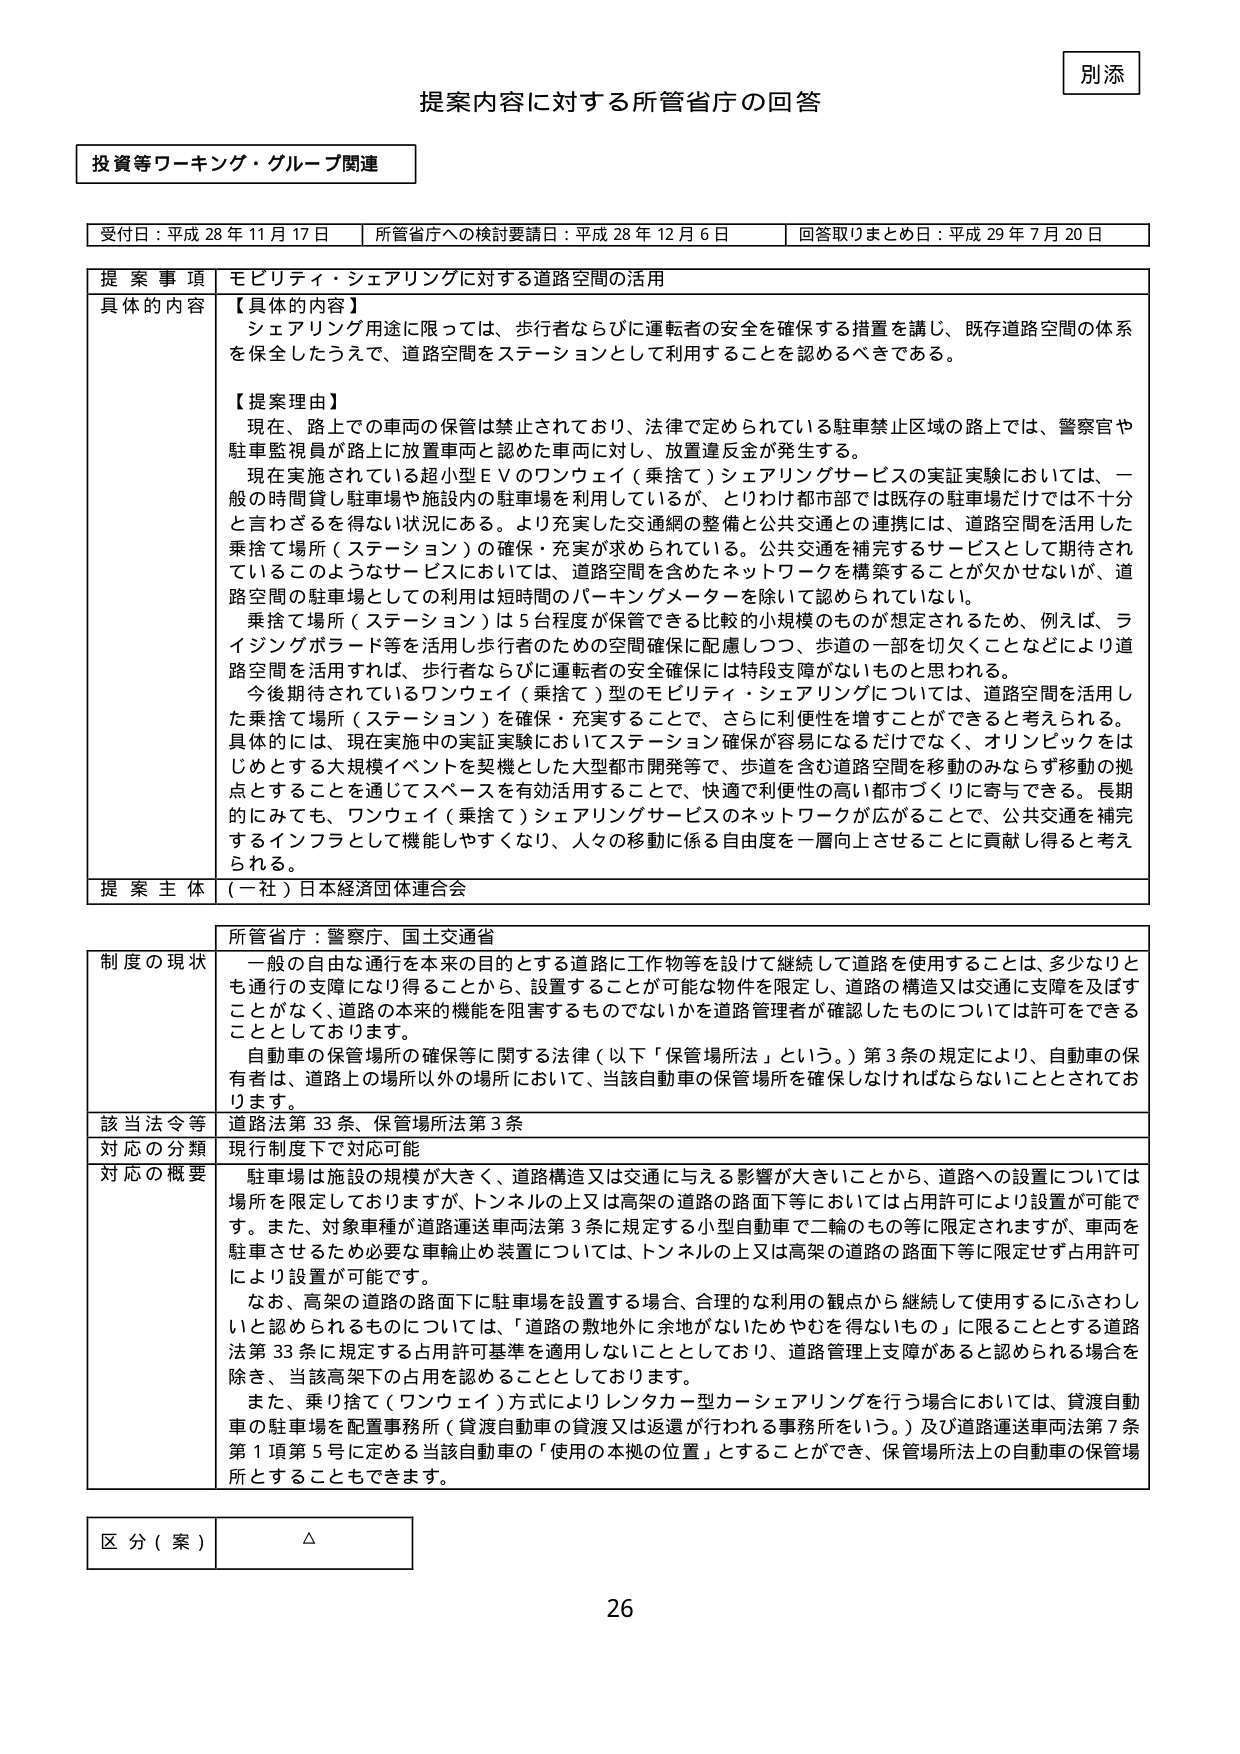
別添

提案内容に対する所管省庁の回答

投資等ワーキング・グループ関連

受付日：平成28年11月17日　　所管省庁への検討要請日：平成28年12月6日　　回答取りまとめ日：平成29年7月20日

提 案 事 項　モビリティ・シェアリングに対する道路空間の活用

具体的な内容　【具体的な内容】
　シェアリング用途に限っては、歩行者ならびに運転者の安全を確保する措置を講じ、既存道路空間の体系を保全したうえで、道路空間をステーションとして利用することを認めるべきである。

　【提案理由】
　現在、路上での車両の保管は禁止されており、法律で定められている駐車禁止区域の路上では、警察官や駐車監視員が路上に放置車両と認めた車両に対し、放置違反金が発生する。
　現在実施されている超小型EVのワンウェイ（乗捨て）シェアリングサービスの実証実験においては、一般の時間貸し駐車場や施設内の駐車場を利用しているが、とりわけ都市部では既存の駐車場だけでは不十分と言わざるを得ない状況にある。より充実した交通網の整備と公共交通との連携には、道路空間を活用した乗捨て場所（ステーション）の確保・充実が求められている。公共交通を補完するサービスとして期待されているこのようなサービスにおいては、道路空間を含めたネットワークを構築することが欠かせないが、道路空間の駐車場としての利用は短時間のパーキングメーターを除いて認められていない。
　乗捨て場所（ステーション）は5台程度が保管できる比較的小規模のものが想定されるため、例えば、ライジングボラード等を活用し歩行者のための空間確保に配慮しつつ、歩道の一部を切欠くことなどにより道路空間を活用すれば、歩行者ならびに運転者の安全確保には特段支障がないものと思われる。
　今後期待されているワンウェイ（乗捨て）型のモビリティ・シェアリングについては、道路空間を活用した乗捨て場所（ステーション）を確保・充実することで、さらに利便性を増すことができると考えられる。具体的には、現在実施中の実証実験においてステーション確保が容易になるだけでなく、オリンピックをはじめとする大規模イベントを契機とした大型都市開発等で、歩道を含む道路空間を移動のみならず移動の拠点とすることを通じてスペースを有効活用することで、快適で利便性の高い都市づくりに寄与できる。長期的にみても、ワンウェイ（乗捨て）シェアリングサービスのネットワークが広がることで、公共交通を補完するインフラとして機能しやすくなり、人々の移動に係る自由度を一層向上させることに貢献し得ると考えられる。

提 案 主 体　（一社）日本経済団体連合会

所管省庁：警察庁、国土交通省

制度の現状　一般の自由な通行を本来の目的とする道路上に工作物等を設けて継続して道路を使用することは、多少なりとも通行の支障になり得ることから、設置することが可能な物件は限定し、道路の構造又は交通を支障又は及ぼすことがなく、道路の本来の機能を阻害するものでないかを道路管理者が確認したものについては許可をできることとしております。
　自動車の保管場所の確保等に関する法律（以下「保管場所法」という。）第3条の規定により、自動車の保有者は、道路上の場所以外の場所において、当該自動車の保管場所を確保しなければならないこととされております。

該当法令等　道路法第33条、保管場所法第3条

対応の分類　現行制度下で対応可能

対応の概要　駐車場は施設の規模が大きく、道路構造又は交通に与える影響が大きいことから、道路への設置については場所を限定しておりますが、トンネルの上又は高架の道路の路面下等においては占用許可により設置が可能です。また、対象車種が道路運送車両法第3条に規定する小型自動車で二輪のもの等に限定されますが、車両を駐車させるため必要な車輪止む装置については、トンネルの上又は高架の道路の路面下等に限定せず占用許可により設置が可能です。
　なお、高架の道路の路面下に駐車場を設置する場合、合理的な利用の観点から継続して使用するにふさわしいと認められるものについては、「道路の敷地外に余地がないためやむを得ないもの」に限ることとする道路法第33条に規定する占用許可基準を適用しないこととしており、道路管理上支障があると認められる場合を除き、当該高架下の占用を認めることとしております。
　また、乗り捨て（ワンウェイ）方式によりレンタカー型カーシェアリングを行う場合においては、貸渡自動車の駐車場を配置事務所（貸渡自動車の貸渡又は返還が行われる事務所をいう。）及び道路運送車両法第7条第1項第5号に定める当該自動車の「使用の本拠の位置」とすることができ、保管場所法上の自動車の保管場所とすることもできます。

区 分（案）　△

26